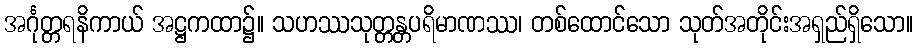
အင်္ဂုတ္တရနိကာယ် အဋ္ဌကထာ၌။ သဟဿသုတ္တန္တပရိမာဏဿ၊ တစ်ထောင်သော သုတ်အတိုင်းအရှည်ရှိသော။